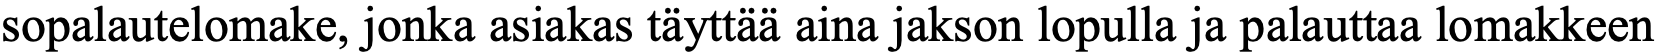
sopalautelomake, jonka asiakas täyttää aina jakson lopulla ja palauttaa lomakkeen